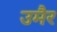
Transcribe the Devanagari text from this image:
उमैर